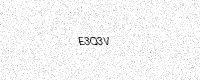
Text: E3Q3V